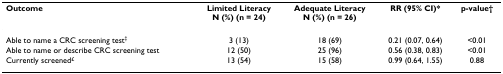
<table><thead><tr><td><b>Outcome</b></td><td><b>Limited LiteracyN (%) (n = 24)</b></td><td><b>Adequate LiteracyN (%) (n = 26)</b></td><td><b>RR (95% CI)*</b></td><td><b>p-value†</b></td></tr></thead><tbody><tr><td>Able to name a CRC screening test<sup>‡</sup></td><td>3 (13)</td><td>18 (69)</td><td>0.21 (0.07, 0.64)</td><td>&lt;0.01</td></tr><tr><td>Able to name or describe CRC screening test</td><td>12 (50)</td><td>25 (96)</td><td>0.56 (0.38, 0.83)</td><td>&lt;0.01</td></tr><tr><td>Currently screened<sup>£</sup></td><td>13 (54)</td><td>15 (58)</td><td>0.99 (0.64, 1.55)</td><td>0.88</td></tr></tbody></table>